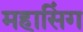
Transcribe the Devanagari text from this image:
महासिंग